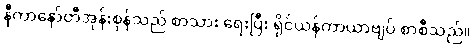
နီကာနော်တီအုန်းစုန်သည် စာသား ရေးပြီး ရိုင်ယန်ကာယာဗျပ် စာစီသည်။